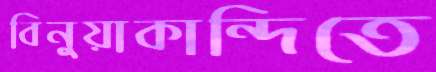
বিনুয়াকান্দিতে